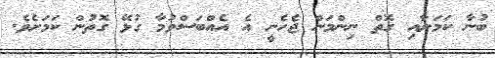
ބުނާ ކަމަށާއި ގޮތް ނިންމަން ޖެހެނީ އެ އެއްބަސްވުމާ ގުޅޭ ގޮތުން ކަމަށެވެ.